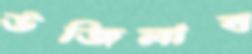
উজিলাব